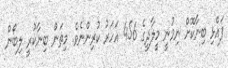
ފައްޅި ބިނާކޮށް ނިމުނީ މީލާދީގެ 456 އަހަރު ކުރިންނެވެ. މިތަން ބިނާކުރީ ލިބޯން